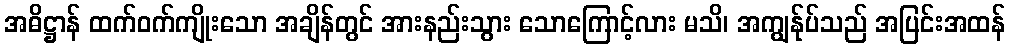
အဓိဋ္ဌာန် ထက်ဝက်ကျိုးသော အချိန်တွင် အားနည်းသွား သောကြောင့်လား မသိ၊ အကျွန်ုပ်သည် အပြင်းအထန်